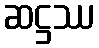
ဆဋ္ဌဿ